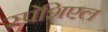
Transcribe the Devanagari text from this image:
स्पेशिएल